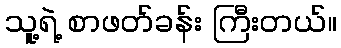
သူ့ရဲ့ စာဖတ်ခန်း ကြီးတယ်။